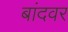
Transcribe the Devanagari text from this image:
बांदवर